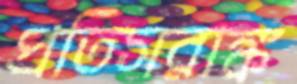
প্রতিসরাঙ্ক